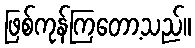
ဖြစ်ကုန်ကြတော့သည်။